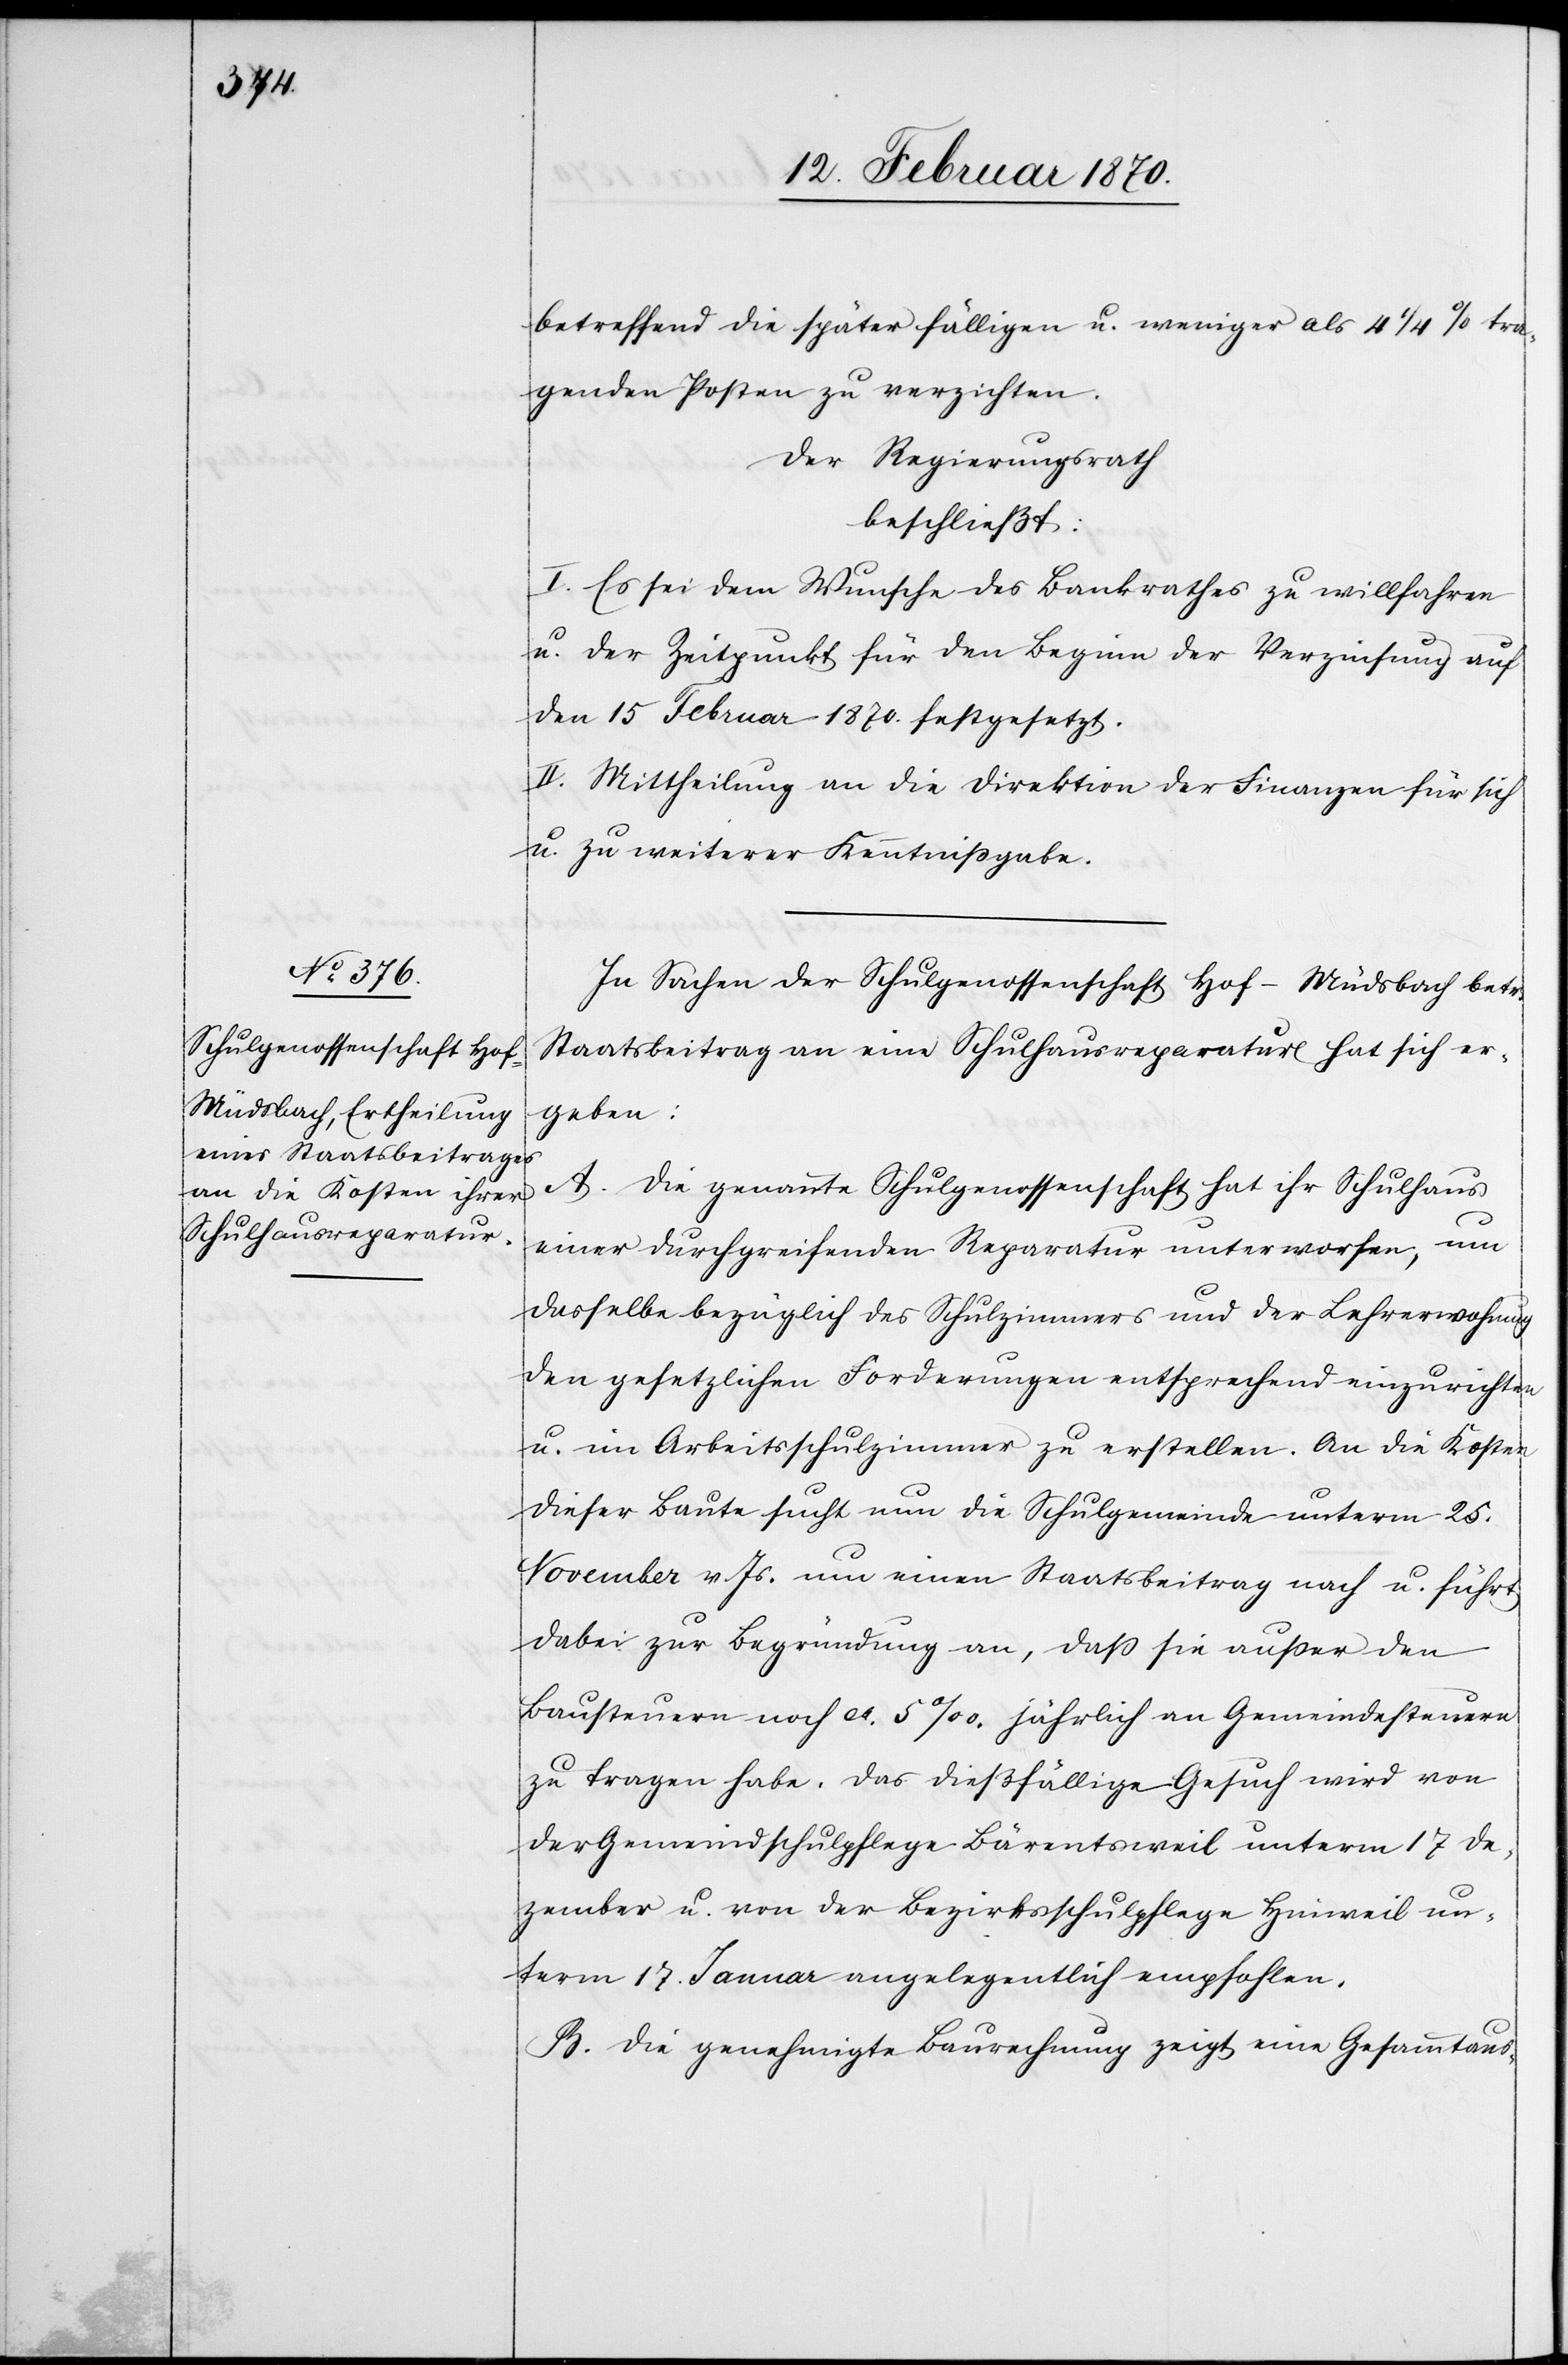
betreffend die später fälligen u. weniger als 4 1/4% tra¬
genden Posten zu verzichten.
Der Regierungsrath
beschließt:
I. Es sei dem Wunsche des Bankrathes zu willfahren
u. der Zeitpunkt für den Beginn der Verzinsung auf
den 15 Februar 1870. festgesetzt.
II. Mittheilung an die Direktion der Finanzen für sich
u. zu weiterer Kenntnissgabe.
In Sachen der Schulgenossenschaft Hof-Müdsbach betr.
Staatsbeitrag an eine Schulhausreparatur hat sich er¬
geben:
A. Die genannte Schulgenossenschaft hat ihr Schulhaus
einer durchgreifenden Reparatur unterworfen, um
dasselbe bezüglich des Schulzimmers und der Lehrerwohnung
den gesetzlichen Forderungen entsprechend einzurichten
u. im Arbeitsschulzimmer zu erstellen. An die Kosten
dieser Baute sucht nun die Schulgemeinde unterm 25.
November v. Js. um einen Staatsbeitrag nach u. führt
dabei zur Begründung an, daß sie außer den
Bausteuern noch ca 5‰. jährlich an Gemeindesteuern
zu tragen habe. Das dießfällige Gesuch wird von
der Gemeindschulpflege Bärentsweil unterm 17 De¬
zember u. von der Bezirksschulpflege Hinweil un¬
term 17. Januar angelegentlich empfohlen.
B. Die genehmigte Baurechnung zeigt eine Gesammtaus-